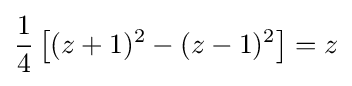
{\frac {1}{4}}\left[(z+1)^{2}-(z-1)^{2}\right]=z